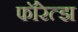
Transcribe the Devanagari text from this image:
फॉरेत्झ